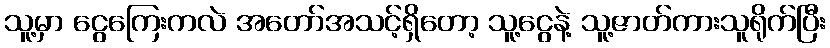
သူ့မှာ ငွေကြေးကလဲ အတော်အသင့်ရှိတော့ သူ့ငွေနဲ့ သူ့ဇာတ်ကားသူရိုက်ပြီး